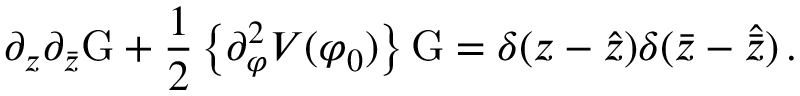
\partial _ { z } \partial _ { \bar { z } } \mathrm { G } + \frac { 1 } { 2 } \left\{ \partial _ { \varphi } ^ { 2 } V ( \varphi _ { 0 } ) \right\} \mathrm { G } = \delta ( z - \hat { z } ) \delta ( \bar { z } - \hat { \bar { z } } ) \, .